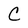
Character: C